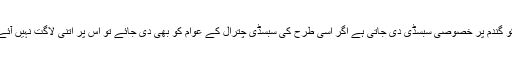
وفاق کی جانب سے گلگت بلتستان کے عوام کو گندم پر خصوصی سبسڈی دی جاتی ہے اگر اسی طرح کی سبسڈی چترال کے عوام کو بھی دی جائے تو اس پر اتنی لاگت نہیں آئے گی جو حکومت کے لئے قابل برداشت نہ ہو۔